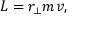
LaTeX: L = r _ { \perp } m v ,